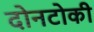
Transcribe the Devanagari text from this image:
दोनटोकी